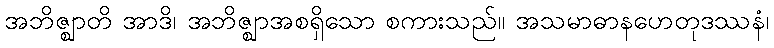
အဘိဇ္ဈာတိ အာဒိ၊ အဘိဇ္ဈာအစရှိသော စကားသည်။ အသမာဓာနဟေတုဒဿနံ၊